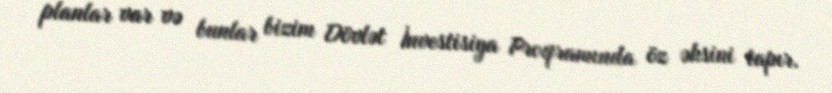
planlar var və bunlar bizim Dövlət İnvestisiya Proqramında öz əksini tapır.